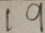
1 9